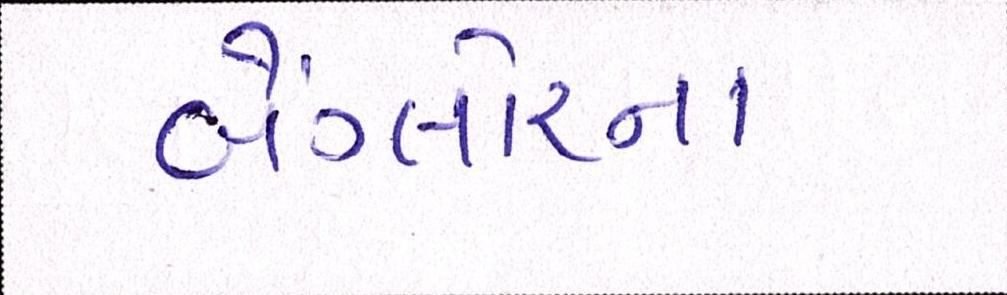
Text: બેંગ્લોરનાં